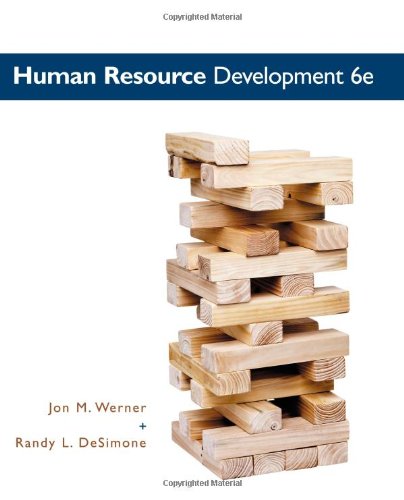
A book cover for Human Resource Development; Jon M. Werner; Business & Money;